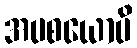
အပစယောပိ